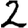
Digit: 2